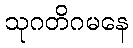
သုဂတိဂမနေ